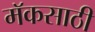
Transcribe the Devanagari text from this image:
मॅकसाठी